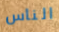
الناس